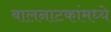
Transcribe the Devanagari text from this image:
बालनाटकांमध्ये